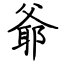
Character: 爺